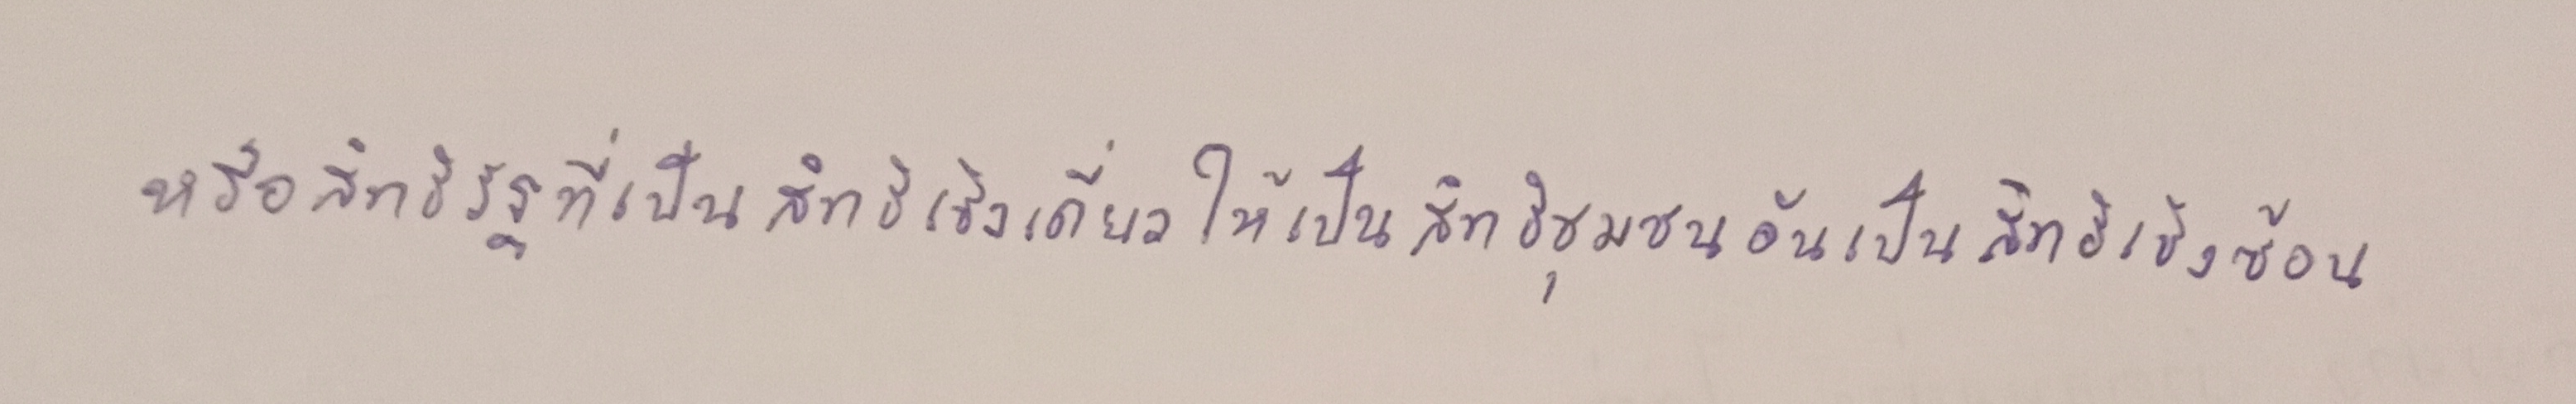
สุภาพบุรุษไม่ควรจะประจานภรรยาของตัว...คุณก็คงรู้อยู่แล้วว่า